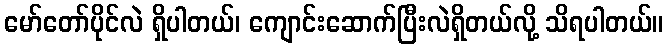
မော်တော်ပိုင်လဲ ရှိပါတယ်၊ ကျောင်းဆောက်ပြီးလဲရှိတယ်လို့ သိရပါတယ်။